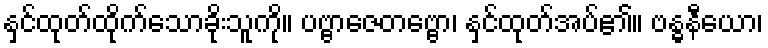
နှင်ထုတ်ထိုက်သောခိုးသူကို။ ပဗ္ဗာဇေတဗ္ဗော၊ နှင်ထုတ်အပ်၏။ ဗန္ဓနီယော၊